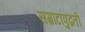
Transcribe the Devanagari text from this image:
सम्राटापुढती